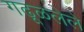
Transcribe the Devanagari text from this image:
गढूळलेले